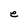
Character: e